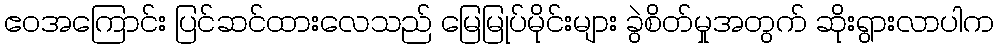
ဧဝအကြောင်း ပြင်ဆင်ထားလေသည် မြေမြုပ်မိုင်းများ ခွဲစိတ်မှုအတွက် ဆိုးရွားလာပါက